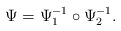
\begin{align*}\Psi = \Psi_1^{-1}\circ\Psi_2^{-1}.\end{align*}